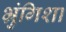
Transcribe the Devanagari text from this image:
भ्रुंगिशा